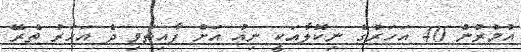
އުމުރުން 40 އަހަރުގެ ނިކޮލާއަކީ ނިއު އަށް ފާއިތުވި ދެ އަހަރު ތެރޭ